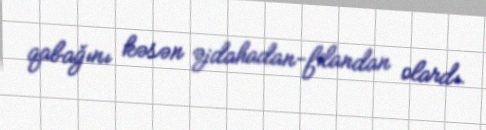
qabağını kəsən əjdahadan-filandan olardı.